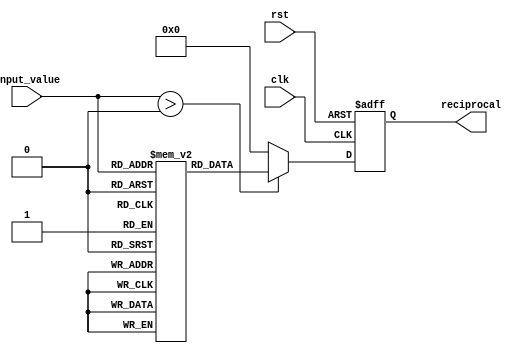
module lut_reciprocal (
    input wire [7:0] input_value,  // 8-bit input value
    output reg [7:0] reciprocal,    // 8-bit output reciprocal value
    input wire clk,                 // Clock signal
    input wire rst                  // Reset signal
);

    // Lookup Table for reciprocals (precomputed)
    reg [7:0] lut [0:255]; // 256 entries for 8-bit input

    // Initialize the LUT with precomputed reciprocal values
    initial begin
        // Populate the LUT with reciprocal values (fixed-point representation)
        // Note: This is a simplified example; in practice, you would compute these values
        // and load them into the LUT.
        lut[1] = 8'hFF; // 1/1 = 255 (fixed-point representation)
        lut[2] = 8'h7F; // 1/2 = 127
        lut[3] = 8'h55; // 1/3  85
        lut[4] = 8'h40; // 1/4 = 64
        // ... Fill in the rest of the LUT ...
        lut[255] = 8'h01; // 1/255  1
    end

    // Control logic to read from the LUT
    always @(posedge clk or posedge rst) begin
        if (rst) begin
            reciprocal <= 8'b0; // Reset output
        end else begin
            if (input_value > 0) begin
                reciprocal <= lut[input_value]; // Get reciprocal from LUT
            end else begin
                reciprocal <= 8'b0; // Handle zero input case (undefined)
            end
        end
    end

endmodule